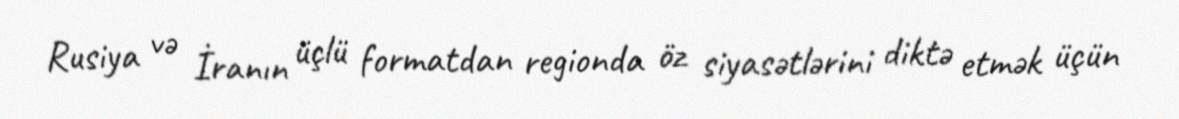
Rusiya və İranın üçlü formatdan regionda öz siyasətlərini diktə etmək üçün